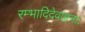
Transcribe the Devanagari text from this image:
रम्भादिदेवाङ्गनाः